Malaria in the Andamans - Number 56
Disease focus: Malaria
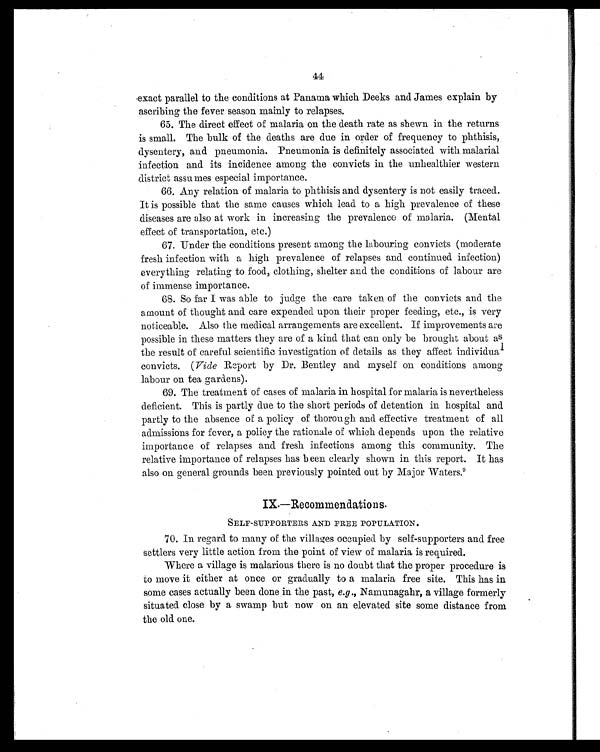
44
exact parallel to the conditions at Panama which Deeks and James explain by
ascribing the fever season mainly to relapses.
65. The direct effect of malaria on the death rate as shown in the returns
is small. The bulk of the deaths are due in order of frequency to phthisis,
dysentery, and pneumonia. Pneumonia is definitely associated with malarial
infection and its incidence among the convicts in the unhealthier western
district assumes especial importance.
66. Any relation of malaria to phthisis and dysentery is not easily traced.
It is possible that the same causes which lead to a high prevalence of these
diseases are also at work in increasing the prevalence of malaria. (Mental
effect of transportation, etc.)
67. Under the conditions present among the labouring convicts (moderate
fresh infection with a high prevalence of relapses and. continued infection)
everything relating to food, clothing, shelter and the conditions of labour are
of immense importance.
68. So far I was able to judge the care taken of the convicts and the
amount of thought and care expended upon their proper feeding, etc., is very
noticeable. Also the medical arrangements are excellent. If improvements are
possible in these matters they are of a kind that can only be brought about as
the result of careful scientific investigation of details as they affect in dividual
convicts. ( Vide Report by Dr. Bentley and. myself on conditions among
labour on tea gardens).
69. The treatment of cases of malaria in hospital for malaria is nevertheless
deficient. This is partly due to the short periods of detention in hospital and
partly to the absence of a policy of thorough and effective treatment of all
admissions for fever, a policy the rationale of which depends upon the relative
importanc e of relapses and fresh infections among this community. The
relative importance of relapses has b een clearly shown in this report. It has
also on general grounds been previously pointed out by Major Waters. 9
IX.—Recommendations.
SELF-SUPPORTERS AND FREE POPULATION.
70. In regard to many of the villages occupied by self-supporters and free
settlers very little action from the point of view of malaria is required.
Where a village is malarious there is no doubt that the proper procedure is
to move it either at once or gradually to a malaria free site. This has in
some cases actually been done in the past, e.g Namunagahr, a village formerly
situated. close by a swamp but now on an elevated site some distance from
the old one.